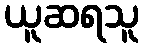
ယူဆရသူ